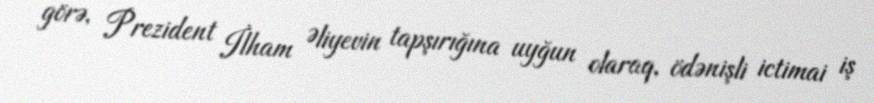
görə, Prezident İlham Əliyevin tapşırığına uyğun olaraq, ödənişli ictimai iş